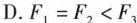
D.$$F_{1}=F_{2}<F_{3}$$